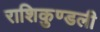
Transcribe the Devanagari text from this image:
राशिकुण्डली